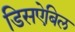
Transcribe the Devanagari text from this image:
डिसऐबिल